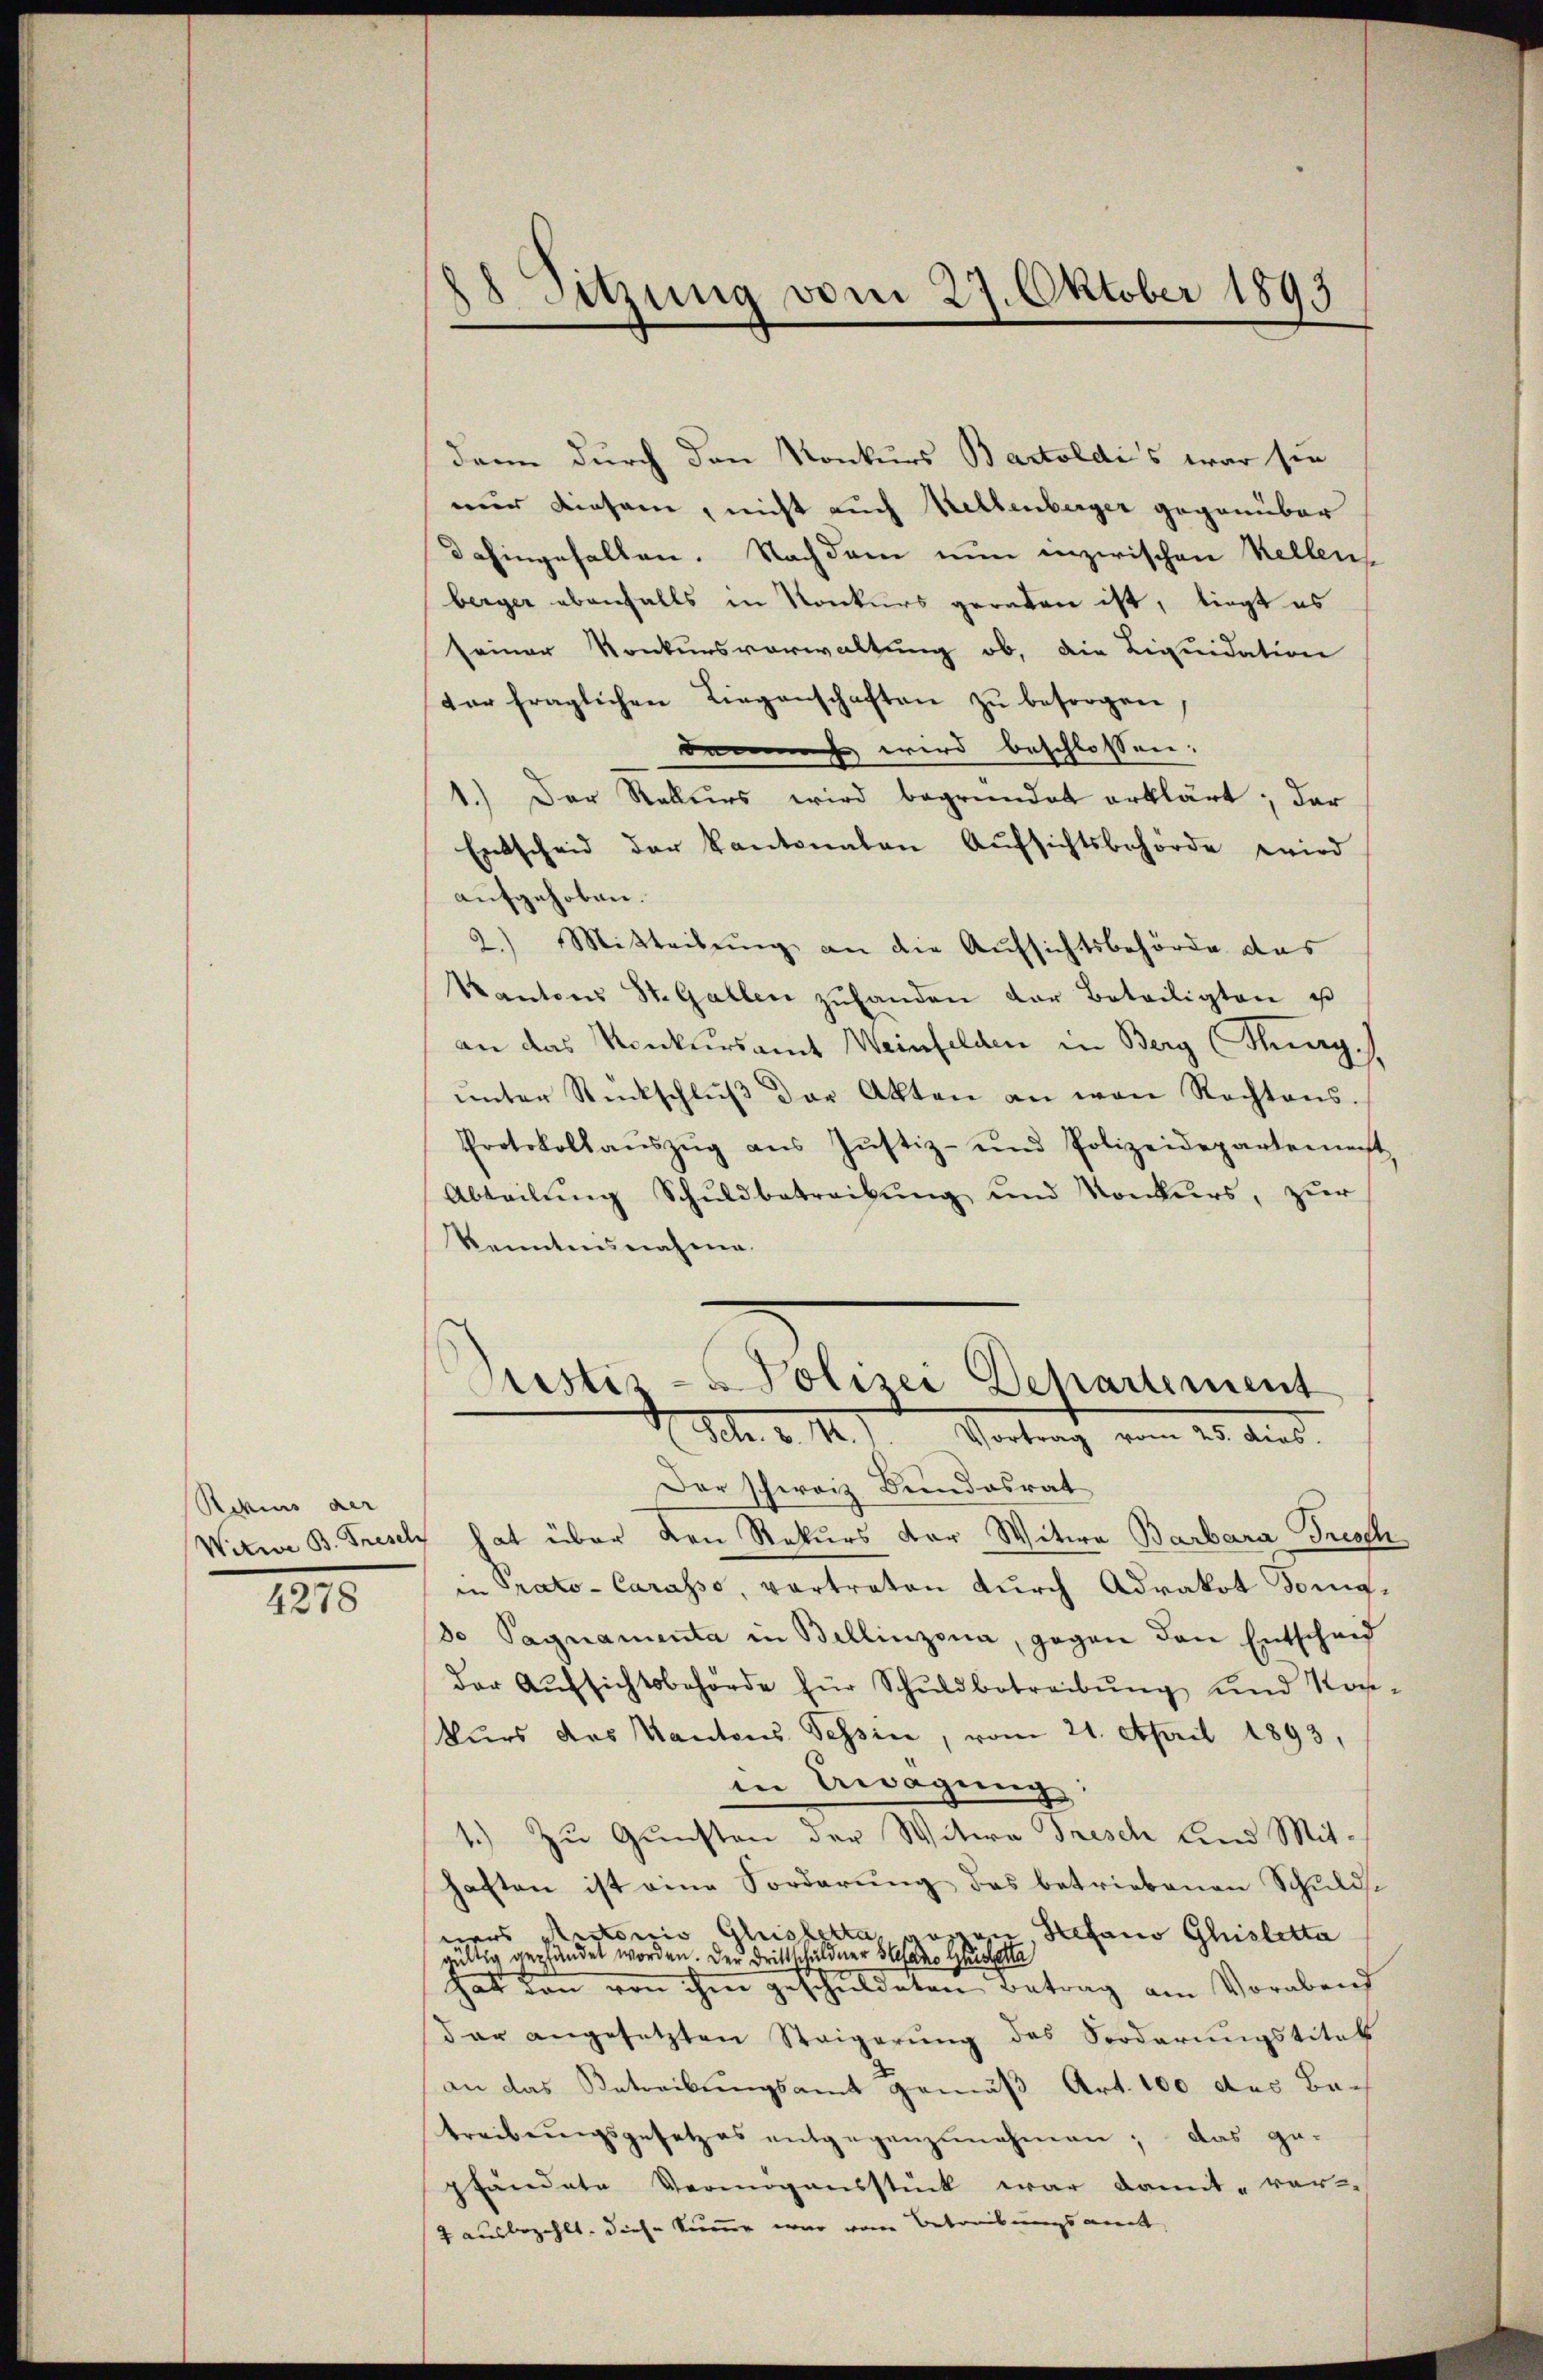
Rikins der

1215

18 Sitzung vom 27. Oktober 1893

dann durch den Konkurs Bartoldi’s war sie
mir diesem, nicht auch Kellenberger gegenüber
dahingefallen. Nachdem nun inzwischen Kellens
berger ebenfalls in Konkurs geraten ist, liegt es
seiner Konkursverwaltung ob, die Liquidation
der fraglichen Liegenschaften zu besorgen
da wird beschlossen:
1.) Der Rekurs wird begründet erklärt; der
Entscheid der Kantonalen Aŭfsichtsbehörde wird
aufgehoben.
2.) Mitteilung an die Aufsichtsbehörde das
Kantons St. Gallen zŭ handen der Beteiligten us
an das Konkursamt Weinfelden in Berg (Thurg.
ŭnter Rückschlŭβ der Akten an von Rechtens.
Protokollaŭszŭg ans Justiz- und Polizeidepartement
Abteilŭng Schuldbetreibŭng und Konkurs, zur
kanntensnahme
Justiz-Polizei Departement
Mt. d. M. Vortrag vom 25. dies
Der schweiz Bundesrat
Witwe B. Freschy hat über den Rekurs der Witwe Barbara Frisch
in Prato- Carasso, vertraten durch Adrakot Konig¬
8o Pagnamenta in Bellinzona, gegen den Entscheid
der Aufsichtsbehörde für Schuldbetreibung und Kopkurs das Kantons Tessin, vom 21. April 1893,
in Aragŭng:
1.) Zu Gunsten der Witwe Frisch Land Mit-
haften ist eine Forderung des betriebenen Schuldse
ners Antonio Gleistetta, possen Stefano Gisletta
ältig geplündet worden. Der Drittschuldner Stefan Gsetta
hat den von ihm geschuldeten Betrag am Vorabend
dar angesetzten Steigerung des Forderungstitel
an das Betreibungsamt gemäß Art. 100 des Betreibungsgesetzes entgegenzunehmen; das ge-
pfändete Vermögensstück war damit ver-
2 ausbezahlt. Diese Summe war vom Betreibungsamet